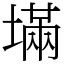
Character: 㙢